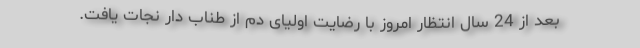
بعد از 24 سال انتظار امروز با رضایت اولیای دم از طناب دار نجات یافت.